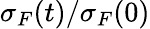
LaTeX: \sigma_{F}(t)/\sigma_{F}(0)